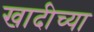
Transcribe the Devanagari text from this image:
खादीच्या